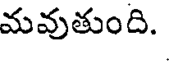
మవుతుంది.